Leaving Certificate Examination, 1918
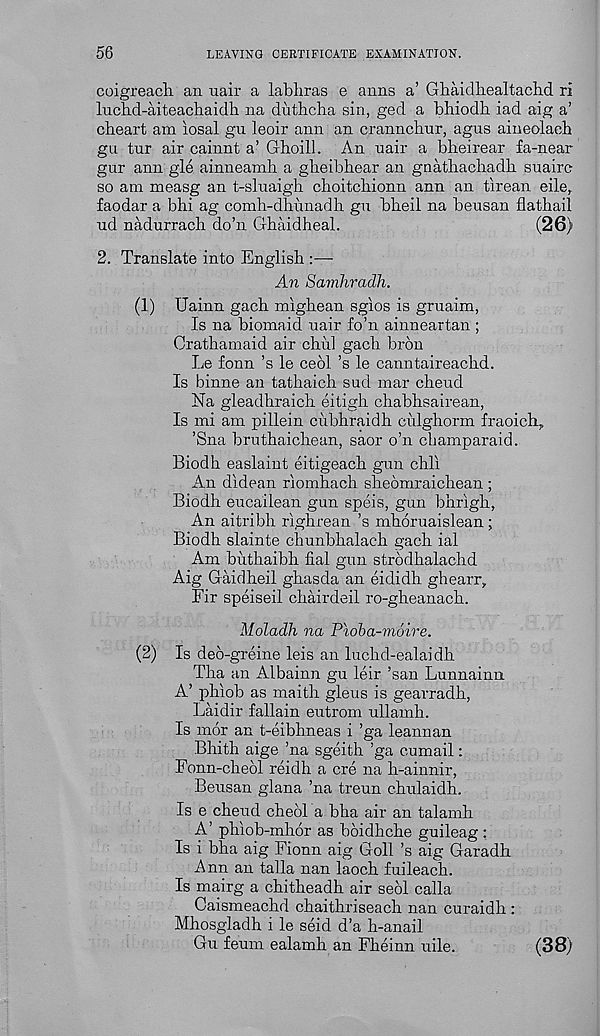
56
LEAVING CERTIFICATE EXAMINATION.
coigreacli an uair a labhras e aims a’ Ghaidliealtacbd ri
Inchd-aiteacbaidh na dutbcha sin, ged a bhiodh iad aig a’
cheart am iosal gu leoir ann an crannchur, agus aineolaeh
gn tur air cainnt a’ Ghoill. An uair a bheirear fa-near
gur ann gie ainneamh a gbeibhear an gnathachadb suairc
so am measg an t-sluaigh cboitcliionn ann an tirean eile,
faodar a bhi ag comh-dbunadh gu bbeil na beusan flatbail
ud nadurrach do’n Ghaidheal.
(26)
2. Translate into English :—
An Samhradh.
(1) Uainn gach mighean sgios is gruaim,
Is na biomaid uair fo’n ainneartan ;
Crathamaid air chul gach bron
Le fonn’s le ceol’s le canntaireacbd.
Is binne an tathaich sud mar cbeud
Na gleadhraich eitigh chabbsairean,
Is mi am pillein ciibhraidb culghorm fraoich ?
’Sna bruthaichean, saor o’n champaraid.
Biodh easlaint eitigeach gun chli
An didean riomhach sheomraichean ;
Biodh eucailean gun speis, gun bhrigh,
An aitribh righrean’s mhoruaislean;
Biodb slainte chunbhalach gach ial
Am buthaibh fial gun strodhalachd
Aig Gaidheil ghasda an eididh ghearr.
Fir speiseil chairdeil ro-gheanach.
Moladh na Pioba-moire.
(2) Is ded-greine leis an luchd-ealaidh
Tha an Albainn gu leir ’san Lunnainn
A’ phiob as maith gleus is gearradh,
Lai dir fallain eutrom ullamh.
Is mor an t-eibhneas i ’ga leannan
Bhitb aige ’na sgeith ’ga cumail:
Fonn-chedl reidh a ere na h-ainnir,
Beusan glana ’na treun chulaidh.
Is e cheud cheol a bha air an talamh
A’ phiob-mhor as boidhche guileag :
Is i bha aig Fionn aig Goll ’s aig Garadh
Ann an talla nan laoch fuileach.
Is mairg a chitheadh air sedl calla
Caismeachd chaithriseach nan curaidh :
Mhosgladh i le seid d’a h-anail
Gu fe'um ealamh an Fheinn uile.
(38)